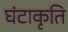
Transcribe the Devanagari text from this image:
घंटाकृति